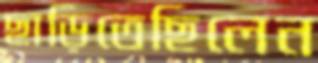
ছাড়িতেছিলেন